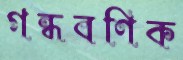
গন্ধবণিক